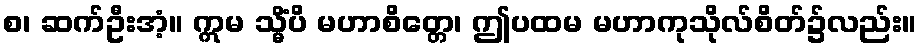
စ၊ ဆက်ဦးအံ့။ ဣမ သ္မိံပိ မဟာစိတ္တေ၊ ဤပထမ မဟာကုသိုလ်စိတ်၌လည်း။